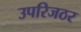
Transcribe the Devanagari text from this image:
उपरिजठर